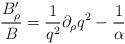
LaTeX: \begin{align*}{B'_\rho \over B}= { 1 \over q^2} \partial_\rho q^2 -{ 1 \over \alpha}\end{align*}